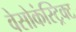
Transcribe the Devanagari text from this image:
वेसोकंस्ट्रिक्ट